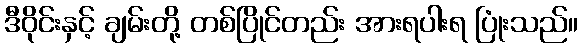
ဒီဝိုင်းနှင့် ချမ်းတို့ တစ်ပြိုင်တည်း အားရပါးရ ပြုံးသည်။